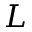
L